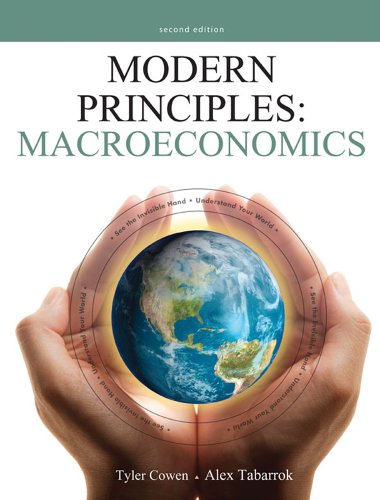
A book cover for Modern Principles: Macroeconomics; Tyler Cowen; Business & Money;